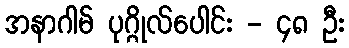
အနာဂါမ် ပုဂ္ဂိုလ်ပေါင်း - ၄၈ ဦး